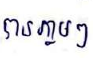
បានភ្លាមៗ